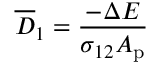
\overline { { D } } _ { 1 } = \frac { - \Delta E } { \sigma _ { 1 2 } A _ { \mathrm { { p } } } }